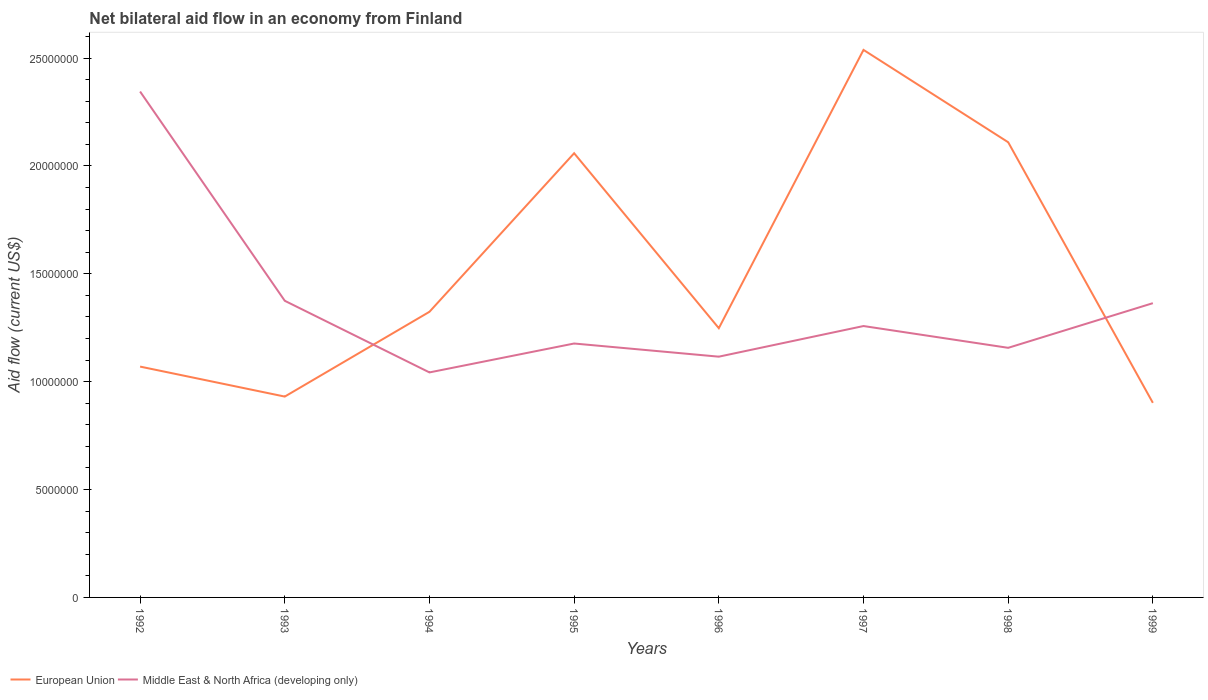
| Years | European Union | Middle East & North Africa (developing only) |
 | --- | --- | --- |
 | 1992 | 1.07e+07 | 2.34e+07 |
 | 1993 | 9.31e+06 | 1.38e+07 |
 | 1994 | 1.32e+07 | 1.04e+07 |
 | 1995 | 2.06e+07 | 1.18e+07 |
 | 1996 | 1.25e+07 | 1.12e+07 |
 | 1997 | 2.54e+07 | 1.26e+07 |
 | 1998 | 2.11e+07 | 1.16e+07 |
 | 1999 | 9.02e+06 | 1.36e+07 |